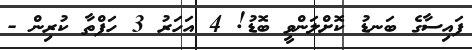
ފައިސާގެ ބަނޑު ކޮށްލަންވީ ބޮޑު! 4 އަހަރު 3 ހަފްތާ ކުރިން -